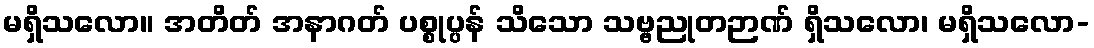
မရှိသလော။ အတိတ် အနာဂတ် ပစ္စုပ္ပန် သိသော သဗ္ဗညုတဉာဏ် ရှိသလော၊ မရှိသလော-